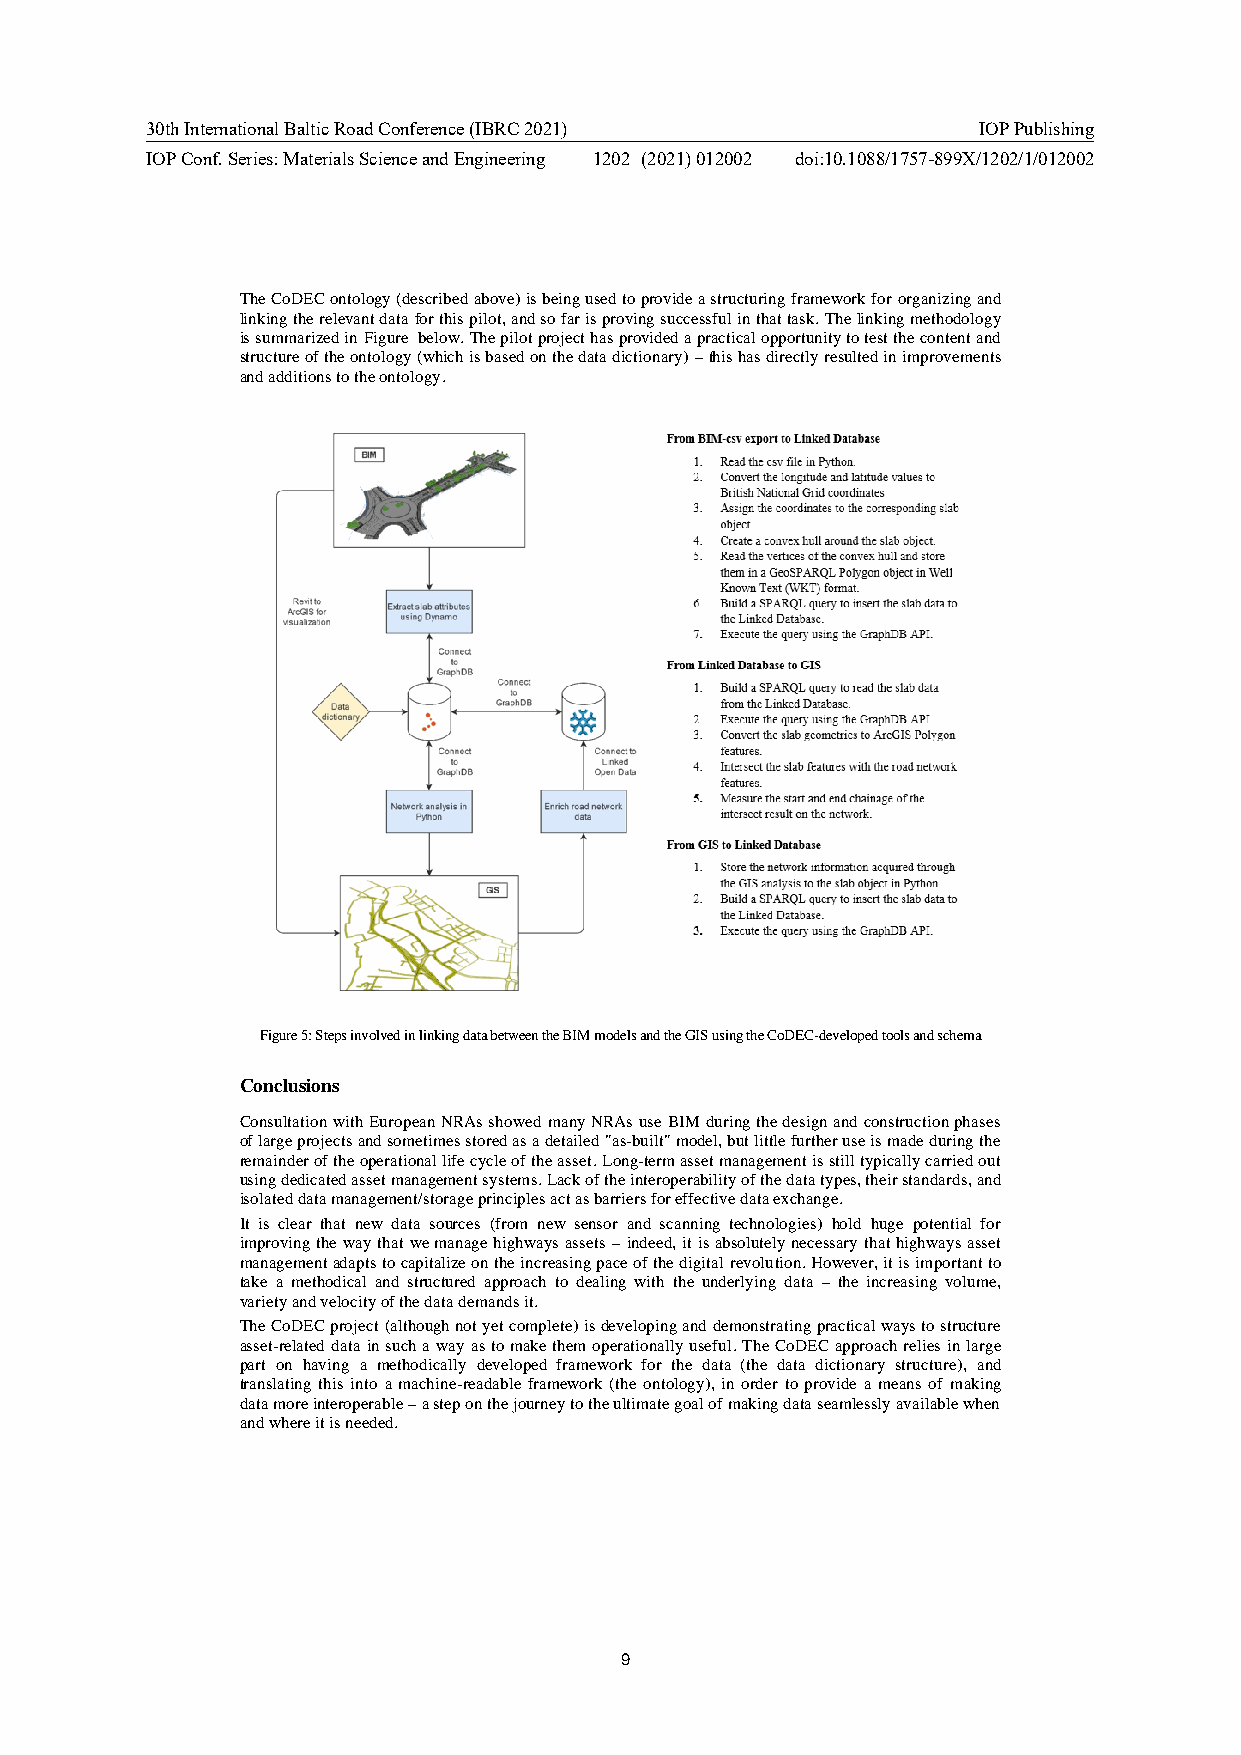
30th International Baltic Road Conference (IBRC 2021)  IOP Publishing
 IOP Conf. Series: Materials Science and Engineering 1202 (2021) 012002 doi:10.1088/1757-899X/1202/1/012002
 The CoDEC ontology (described above) is being used to provide a structuring framework for organizing and
 linking the relevant data for this pilot, and so far is proving successful in that task. The linking methodology
 is summarized in Figure below. The pilot project has provided a practical opportunity to test the content and
 structure of the ontology (which is based on the data dictionary) – this has directly resulted in improvements
 and additions to the ontology.
 Figure 5: Steps involved in linking data between the BIM models and the GIS using the CoDEC-developed tools and schema
 Conclusions
 Consultation with European NRAs showed many NRAs use BIM during the design and construction phases
 of large projects and sometimes stored as a detailed "as-built" model, but little further use is made during the
 remainder of the operational life cycle of the asset. Long-term asset management is still typically carried out
 using dedicated asset management systems. Lack of the interoperability of the data types, their standards, and
 isolated data management/storage principles act as barriers for effective data exchange.
 It is clear that new data sources (from new sensor and scanning technologies) hold huge potential for
 improving the way that we manage highways assets – indeed, it is absolutely necessary that highways asset
 management adapts to capitalize on the increasing pace of the digital revolution. However, it is important to
 take a methodical and structured approach to dealing with the underlying data – the increasing volume,
 variety and velocity of the data demands it.
 The CoDEC project (although not yet complete) is developing and demonstrating practical ways to structure
 asset-related data in such a way as to make them operationally useful. The CoDEC approach relies in large
 part on having a methodically developed framework for the data (the data dictionary structure), and
 translating this into a machine-readable framework (the ontology), in order to provide a means of making
 data more interoperable – a step on the journey to the ultimate goal of making data seamlessly available when
 and where it is needed.
 9